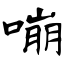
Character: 嘣